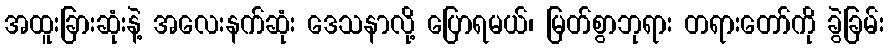
အထူးခြားဆုံးနဲ့ အလေးနက်ဆုံး ဒေသနာလို့ ပြောရမယ်၊ မြတ်စွာဘုရား တရားတော်ကို ခွဲခြမ်း